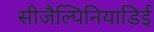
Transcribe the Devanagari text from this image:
सीजैल्पिनियाडिई